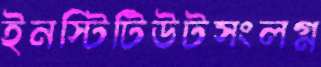
ইনস্টিটিউটসংলগ্ন